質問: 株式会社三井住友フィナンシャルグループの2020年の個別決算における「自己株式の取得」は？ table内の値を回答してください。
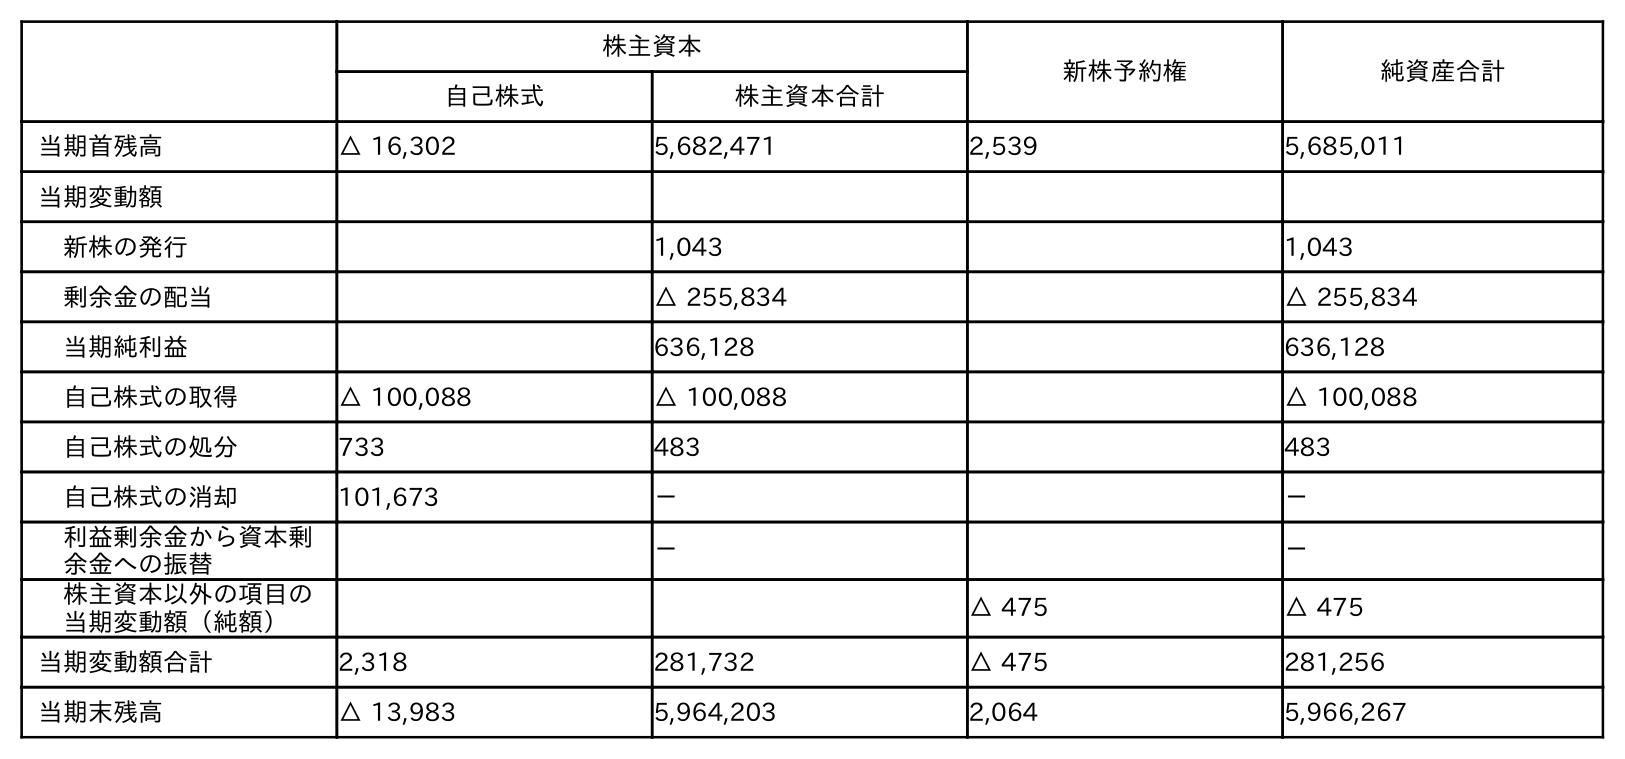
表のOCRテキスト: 株主資本 新株予約権 純資産合計 自己株式 株主資本合計 当期首残高 △ 16,302 5,682,471 2,539 5,685,011 当期変動額 新株の発行 1,043 1,043 剰余金の配当 △ 255,834 △ 255,834 当期純利益 636,128 636,128 自己株式の取得 △ 100,088 △ 100,088 △ 100,088 自己株式の処分 733 483 483 自己株式の消却 101,673 － － 利益剰余金から資本剰 余金への振替 － － 株主資本以外の項目の 当期変動額（純額） △ 475 △ 475 当期変動額合計 2,318 281,732 △ 475 281,256 当期末残高 △ 13,983 5,964,203 2,064 5,966,267
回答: △100,088